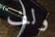
ولف